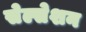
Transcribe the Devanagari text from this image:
सेल्सेशन